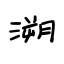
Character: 溯